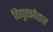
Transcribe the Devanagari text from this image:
विद्युतझोतात